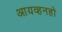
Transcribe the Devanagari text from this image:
आयव्हनहो